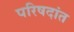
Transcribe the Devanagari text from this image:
परिषदांत